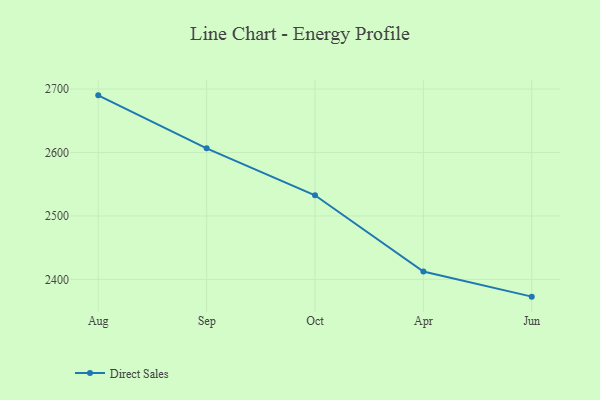
{"axis": {"x": "Month", "y": "Conversion Rate (%)"}, "legend": ["Direct Sales"], "data": [{"x": "Aug", "y": 2690.1, "type": "Direct Sales"}, {"x": "Sep", "y": 2606.6, "type": "Direct Sales"}, {"x": "Oct", "y": 2532.6, "type": "Direct Sales"}, {"x": "Apr", "y": 2412.5, "type": "Direct Sales"}, {"x": "Jun", "y": 2372.8, "type": "Direct Sales"}]}